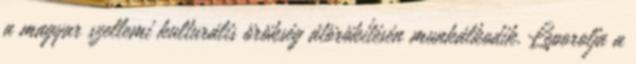
a magyar szellemi kulturális örökség átörökítésén munkálkodik. Leporolja a